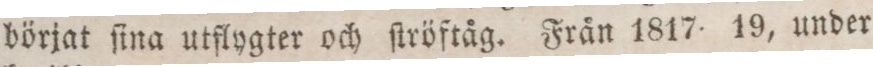
börjat ſina utflygter och ſtröftåg. Från 1817 19, under